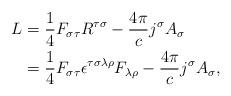
LaTeX: \begin{align*}L & =\frac{1}{4}F_{\sigma\tau}R^{\tau\sigma}-\frac{4\pi}{c}j^{\sigma}A_{\sigma}\\& =\frac{1}{4}F_{\sigma\tau}\epsilon^{\tau\sigma\lambda\rho}F_{\lambda\rho}-\frac{4\pi}{c}j^{\sigma}A_{\sigma},\end{align*}